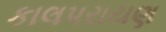
કાલપરાયણ